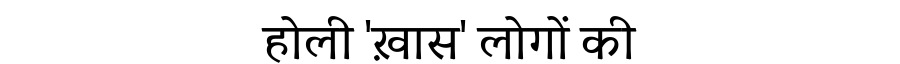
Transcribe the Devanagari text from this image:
होली 'ख़ास' लोगों की